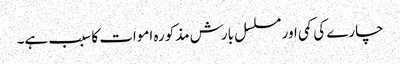
چارے کی کمی اور مسلسل بارش مذکورہ اموات کا سبب ہے۔